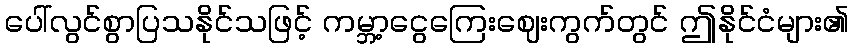
ပေါ်လွင်စွာပြသနိုင်သဖြင့် ကမ္ဘာ့ငွေကြေးဈေးကွက်တွင် ဤနိုင်ငံများ၏